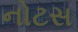
નોટસ